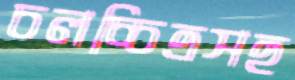
চলচ্চিত্রসহ